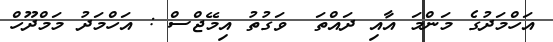
އަހްމަދުގެ މަންމަ އާއި ދައްތަ  ވަގުތު އިމޭޖްސް : އަހްމަދު މަމްދޫހް